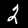
Label: 2